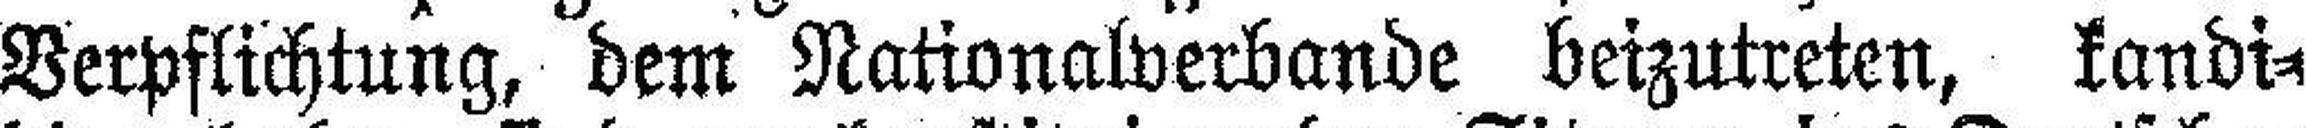
Verpflichtung, dem Nationalverbande beizutreten, kandi¬